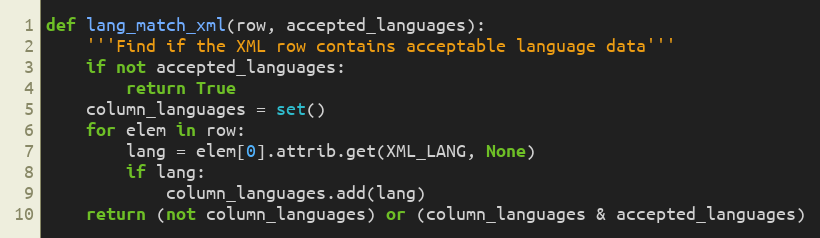
Language: Python
def lang_match_xml(row, accepted_languages):
    '''Find if the XML row contains acceptable language data'''
    if not accepted_languages:
        return True
    column_languages = set()
    for elem in row:
        lang = elem[0].attrib.get(XML_LANG, None)
        if lang:
            column_languages.add(lang)
    return (not column_languages) or (column_languages & accepted_languages)